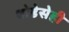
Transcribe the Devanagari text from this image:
थोडेसेही